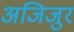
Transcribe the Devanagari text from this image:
अजिजुर